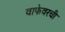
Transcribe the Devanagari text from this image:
वाफेवरची